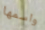
واسمها